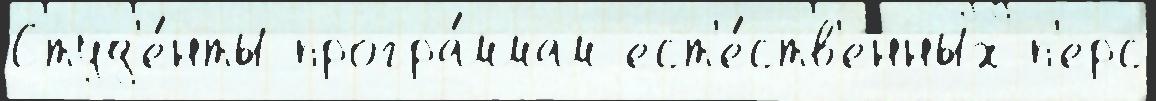
Студ'е́нты програ́ммам ест'е́ств'енных п'ерс